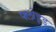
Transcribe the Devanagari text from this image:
फ्लोइड